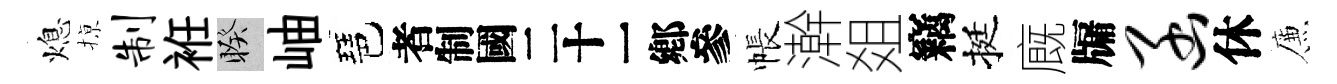
熄𢱊制袵睽岫琶识帳澣爼竊挺廐牖函休簾